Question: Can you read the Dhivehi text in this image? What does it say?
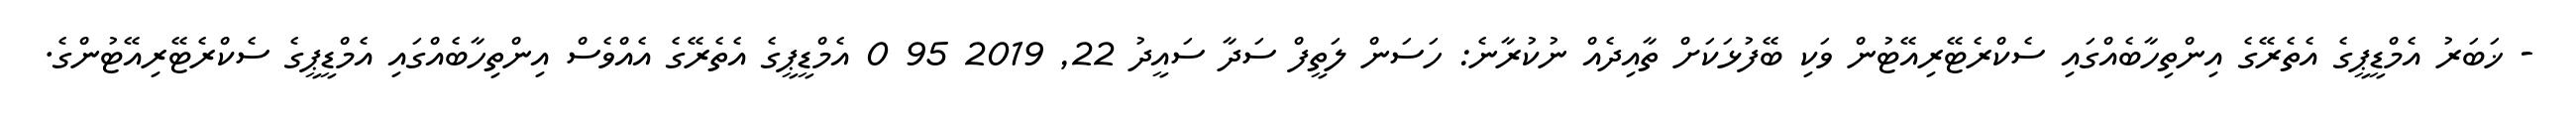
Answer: - ޚަބަރު އެމްޑީޕީގެ އެތެރޭގެ އިންތިހާބެއްގައި ސެކްރެޓޭރިއޭޓުން ވަކި ބޭފުޅަކަށް ތާއިދެއް ނުކުރާނެ: ހަސަން ލަތީފް ސަދާ ސައީދު 22, 2019 95 0 އެމްޑީޕީގެ އެތެރޭގެ އެއްވެސް އިންތިހާބެއްގައި އެމްޑީޕީގެ ސެކްރެޓޭރިއޭޓުންގެ.